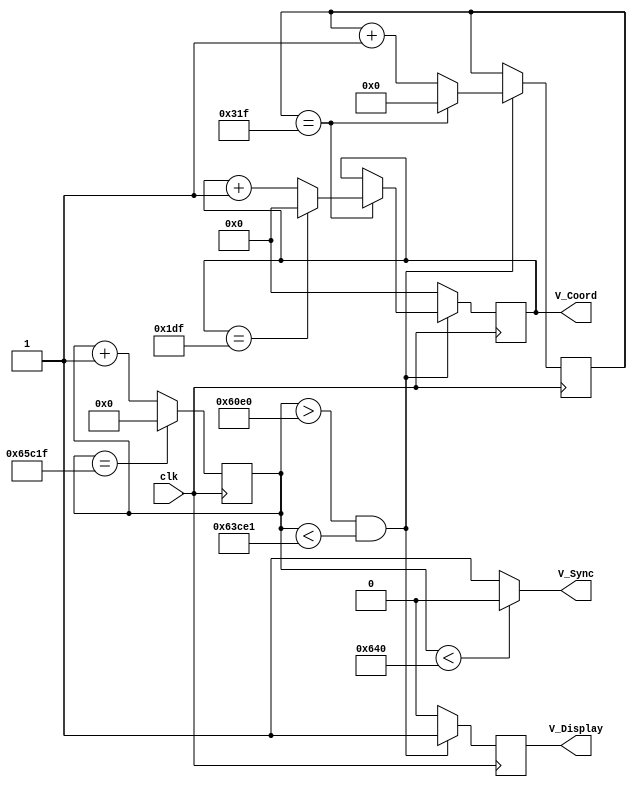
module Module_VerticalSync( input clk,		//25 MHz
									 output V_Sync,
									 output reg V_Display,
									 output reg [9:0] V_Coord);	//Coordinates from 0 to 479
									 
reg [19:0] counter;
reg [10:0] divide_counter;

always@(posedge clk) begin
	if(counter == 20'd416799) begin	//416800 = Total number of clocks needed for the Vertical Sync
		counter <= 20'b0;
	end else begin
		counter <= counter + 1'b1;
	end
end

assign V_Sync = (counter < 20'd1600)? 0 : 1; 	//1600 = Clocks in the Pulse Width for the Vertical Sync (2 lines x 800 columns)

always@(posedge clk) begin
	if((counter > 20'd24800) && (counter < 20'd408801)) begin	//Display Area is on
		V_Display <= 1'b1;
		if(divide_counter == 11'd799) begin
         divide_counter <= 0;
         if(V_Coord == 10'd479) begin
            V_Coord <= 0;
         end else begin
				V_Coord <= V_Coord + 1'b1;
         end
      end else begin
         divide_counter <= divide_counter + 1'b1;
			V_Coord <= V_Coord;
      end
	end else begin
		V_Coord <= 7'b0;
		V_Display <= 0;
	end		
end

endmodule